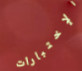
الإختبارات